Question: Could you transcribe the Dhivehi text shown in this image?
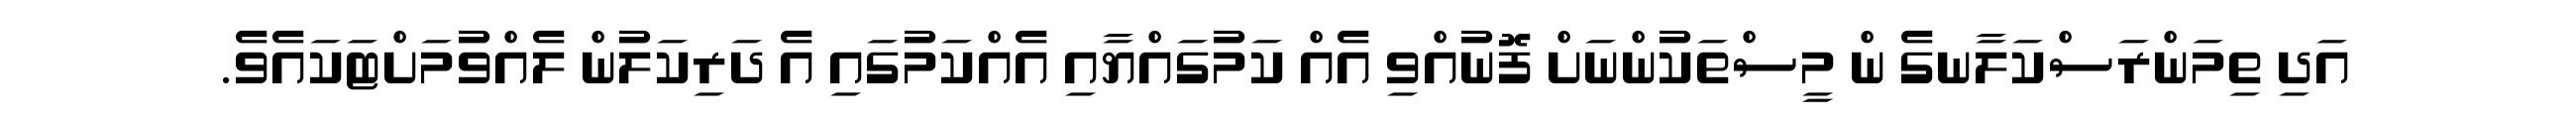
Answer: އަދި ތިމަންރަސްކަލާނގެ ން މީސްތަކުންނަށް ފޮނުއްވި އެއް ކަމުގައްޔާއި އެއްކަމުގައި އެ ދަރިކަލުން ލެއްވުމަށްޓަކައެވެ.